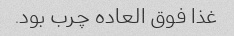
غذا فوق العاده چرب بود.